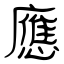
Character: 應